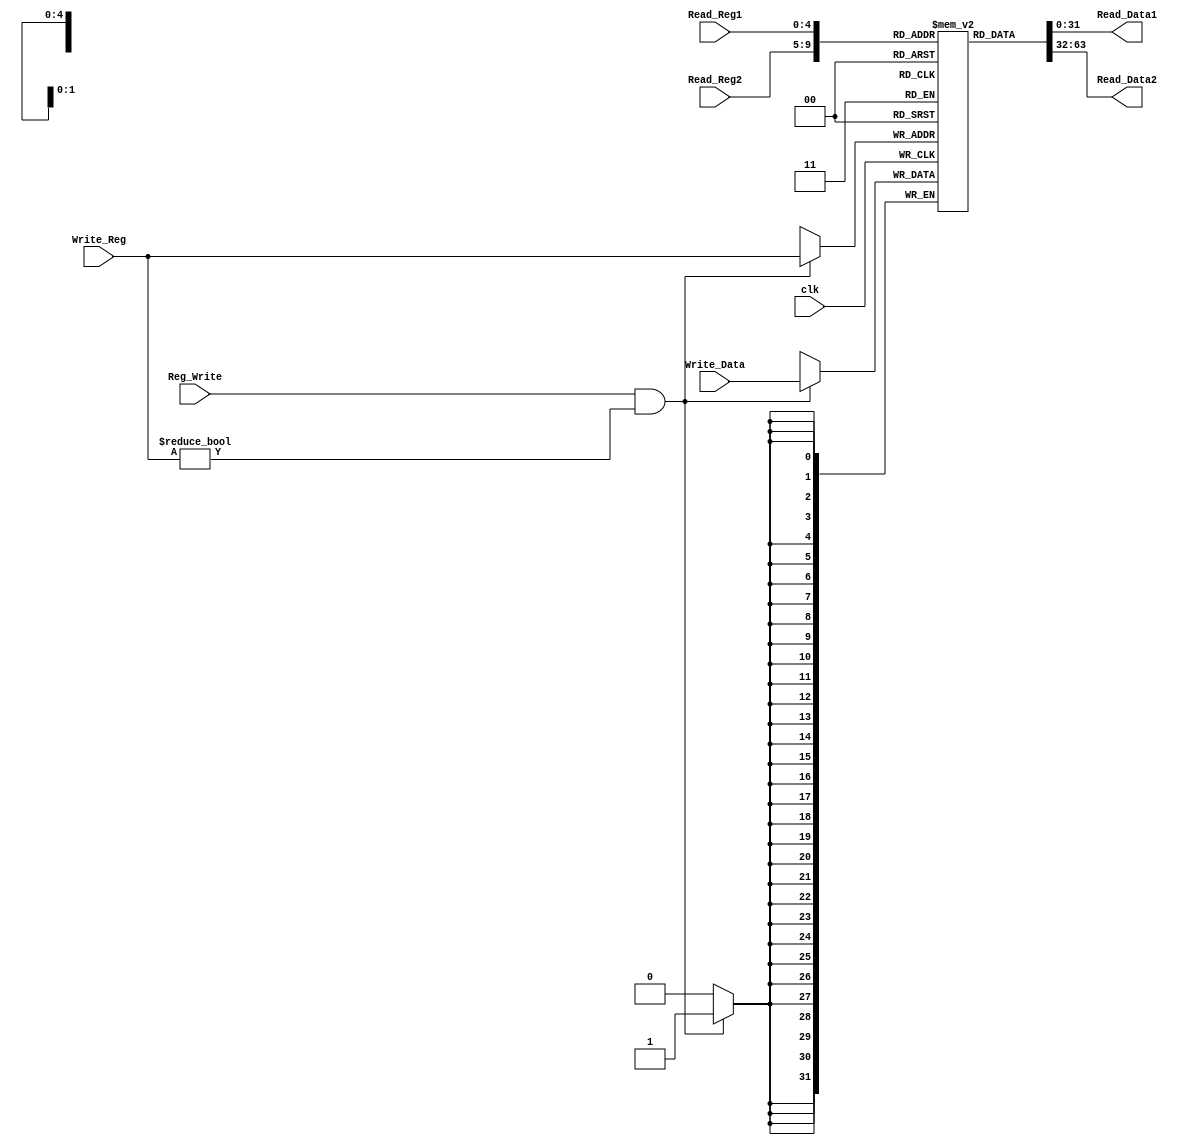
module register_file(input clk, Reg_Write,input [4:0]Read_Reg1, Read_Reg2, Write_Reg, input[31:0]Write_Data,output reg [31:0] Read_Data1, Read_Data2);
reg [31:0] regs[0:31];

initial begin 
    regs[0]=0;
    regs[1]=0;
    regs[2]=0;
    regs[3]=0;
    regs[4]=32'd6;
    //regs[5]=0;
    regs[6]=0;
    regs[7]=0;
    regs[8]=0;
    regs[9]=0;
    regs[10]=0;
    regs[11]=0;
    regs[12]=0;
    regs[13]=0;
    regs[14]=0;
    regs[15]=0;
    regs[16]=32'd4;
    regs[17]=32'd7;
end

always @(negedge clk) begin
    if(Reg_Write==1&&Write_Reg!=0)
        regs[Write_Reg]=Write_Data;
end

assign Read_Data2 = regs[Read_Reg2];
assign Read_Data1 = regs[Read_Reg1];
endmodule